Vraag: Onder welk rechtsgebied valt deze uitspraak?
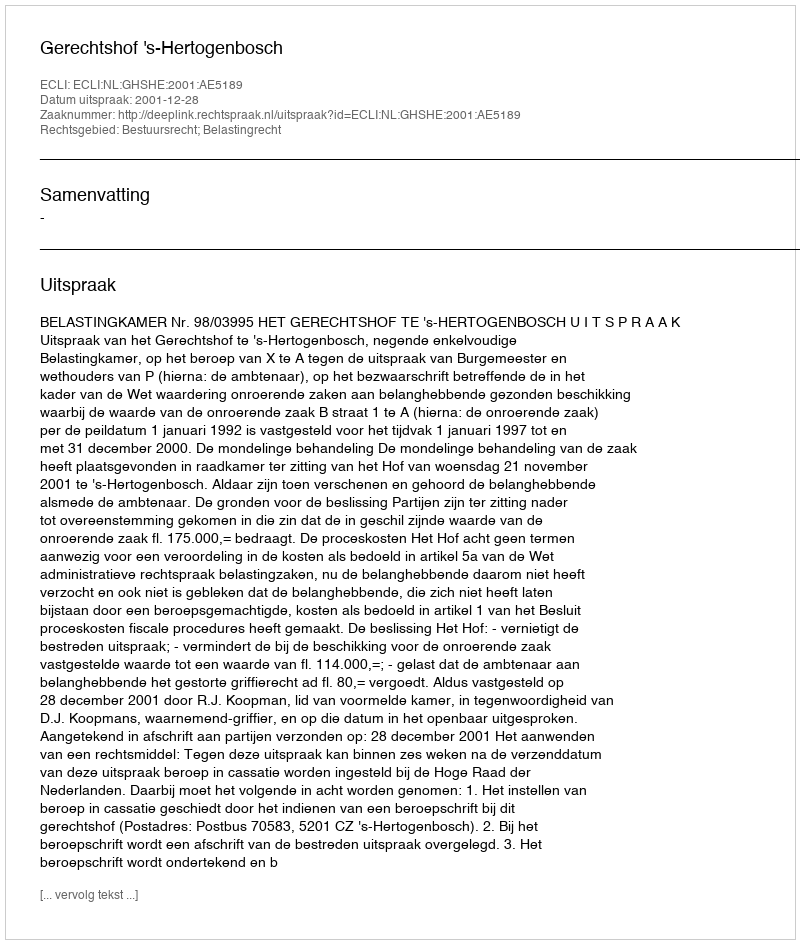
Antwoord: Bestuursrecht; Belastingrecht